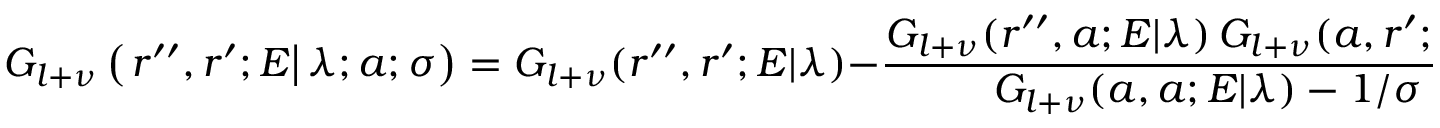
G _ { l + \nu } \left( \left. r ^ { \prime \prime } , r ^ { \prime } ; E \right| \lambda ; a ; \sigma \right) = G _ { l + \nu } ( r ^ { \prime \prime } , r ^ { \prime } ; E | \lambda ) - \frac { G _ { l + \nu } ( r ^ { \prime \prime } , a ; E | \lambda ) \, G _ { l + \nu } ( a , r ^ { \prime } ; E | \lambda ) } { G _ { l + \nu } ( a , a ; E | \lambda ) - 1 / \sigma } \; .